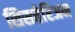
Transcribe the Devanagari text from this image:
सिसतेरिअन